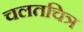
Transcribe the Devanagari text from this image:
चलतचित्र